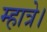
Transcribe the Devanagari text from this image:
म्हात्रे।